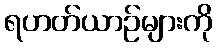
ရဟတ်ယာဉ်များကို